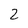
Character: 2